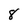
Character: 8